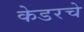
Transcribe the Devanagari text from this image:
केडरचे